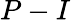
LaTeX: P-I